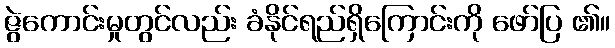
ဇွဲကောင်းမှုတွင်လည်း ခံနိုင်ရည်ရှိကြောင်းကို ဖော်ပြ ၏။